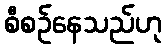
စီစဉ်နေသည်ဟု